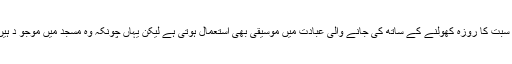
اس عبادت کو سر انجام دینے والی ہینا سپیرو کا کہنا ہے کہ یوم سبت کا روزہ کھولنے کے ساتھ کی جانے والی عبادت میں موسیقی بھی استعمال ہوتی ہے لیکن یہاں چونکہ وہ مسجد میں موجو د ہیں اس لیے مسجد کے احترام میں اسے دعائیہ انداز میں پڑھا گیا ۔